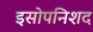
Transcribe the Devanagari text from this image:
इसोपनिशद